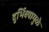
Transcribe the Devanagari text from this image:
दुर्भिक्ष्यामुळे